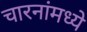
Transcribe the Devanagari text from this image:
चारनांमध्ये